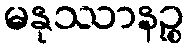
မနုဿာနဉ္စ